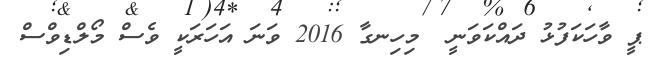
ޕީ ވާހަކަފުޅު ދައްކަވަނީ  މިހިނގާ 2016 ވަނަ އަހަރަކީ ވެސް މޯލްޑިވްސް